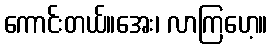
ကောင်းတယ်။အေး၊ လာကြဟေ့။